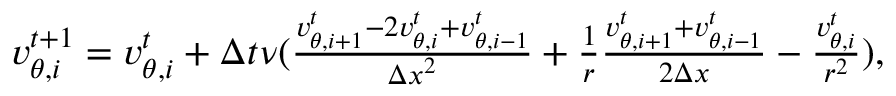
\begin{array} { r } { v _ { \theta , i } ^ { t + 1 } = v _ { \theta , i } ^ { t } + \Delta t \nu ( \frac { v _ { \theta , i + 1 } ^ { t } - 2 v _ { \theta , i } ^ { t } + v _ { \theta , i - 1 } ^ { t } } { { \Delta x } ^ { 2 } } + \frac { 1 } { r } \frac { v _ { \theta , i + 1 } ^ { t } + v _ { \theta , i - 1 } ^ { t } } { 2 \Delta x } - \frac { v _ { \theta , i } ^ { t } } { r ^ { 2 } } ) , } \end{array}